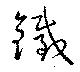
鐵